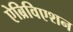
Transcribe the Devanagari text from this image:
ऐब्रिविएशन